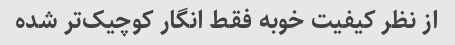
از نظر کیفیت خوبه فقط انگار کوچیک‌تر شده